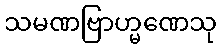
သမဏဗြာဟ္မဏေသု